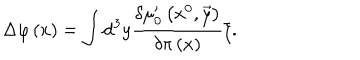
\Delta \varphi \left( x \right) = \int \mathrm { d } ^ { 3 } y \frac { \delta \mu _ { 0 } ^ { \prime } \left( x ^ { 0 } , \vec { y } \right) } { \delta \pi \left( x \right) } \xi .